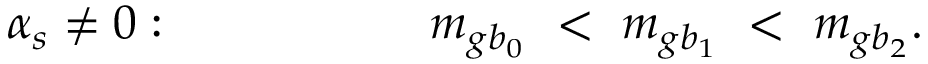
\alpha _ { s } \ne 0 : \qquad \qquad \ \ \ \ m _ { g b _ { 0 } } \ < \ m _ { g b _ { 1 } } \ < \ m _ { g b _ { 2 } } . \qquad